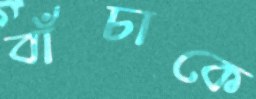
বাঁচাকে